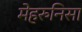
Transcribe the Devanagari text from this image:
मेहरुनिसा